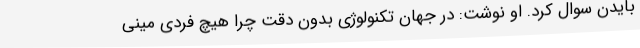
بایدن سوال کرد. او نوشت: در جهان تکنولوژی بدون دقت چرا هیچ فردی مینی